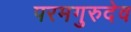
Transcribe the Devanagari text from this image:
परमगुरुदेव